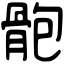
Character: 骲